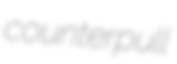
counterpull